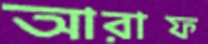
আরাফ